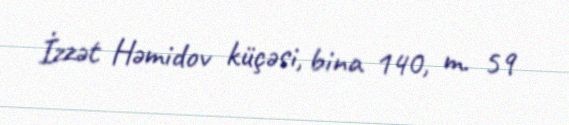
İzzət Həmidov küçəsi, bina 140, m. 59